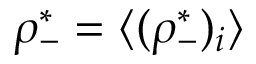
\rho _ { - } ^ { * } = \langle ( \rho _ { - } ^ { * } ) _ { i } \rangle